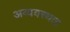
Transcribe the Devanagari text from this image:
अव्यवस्थता